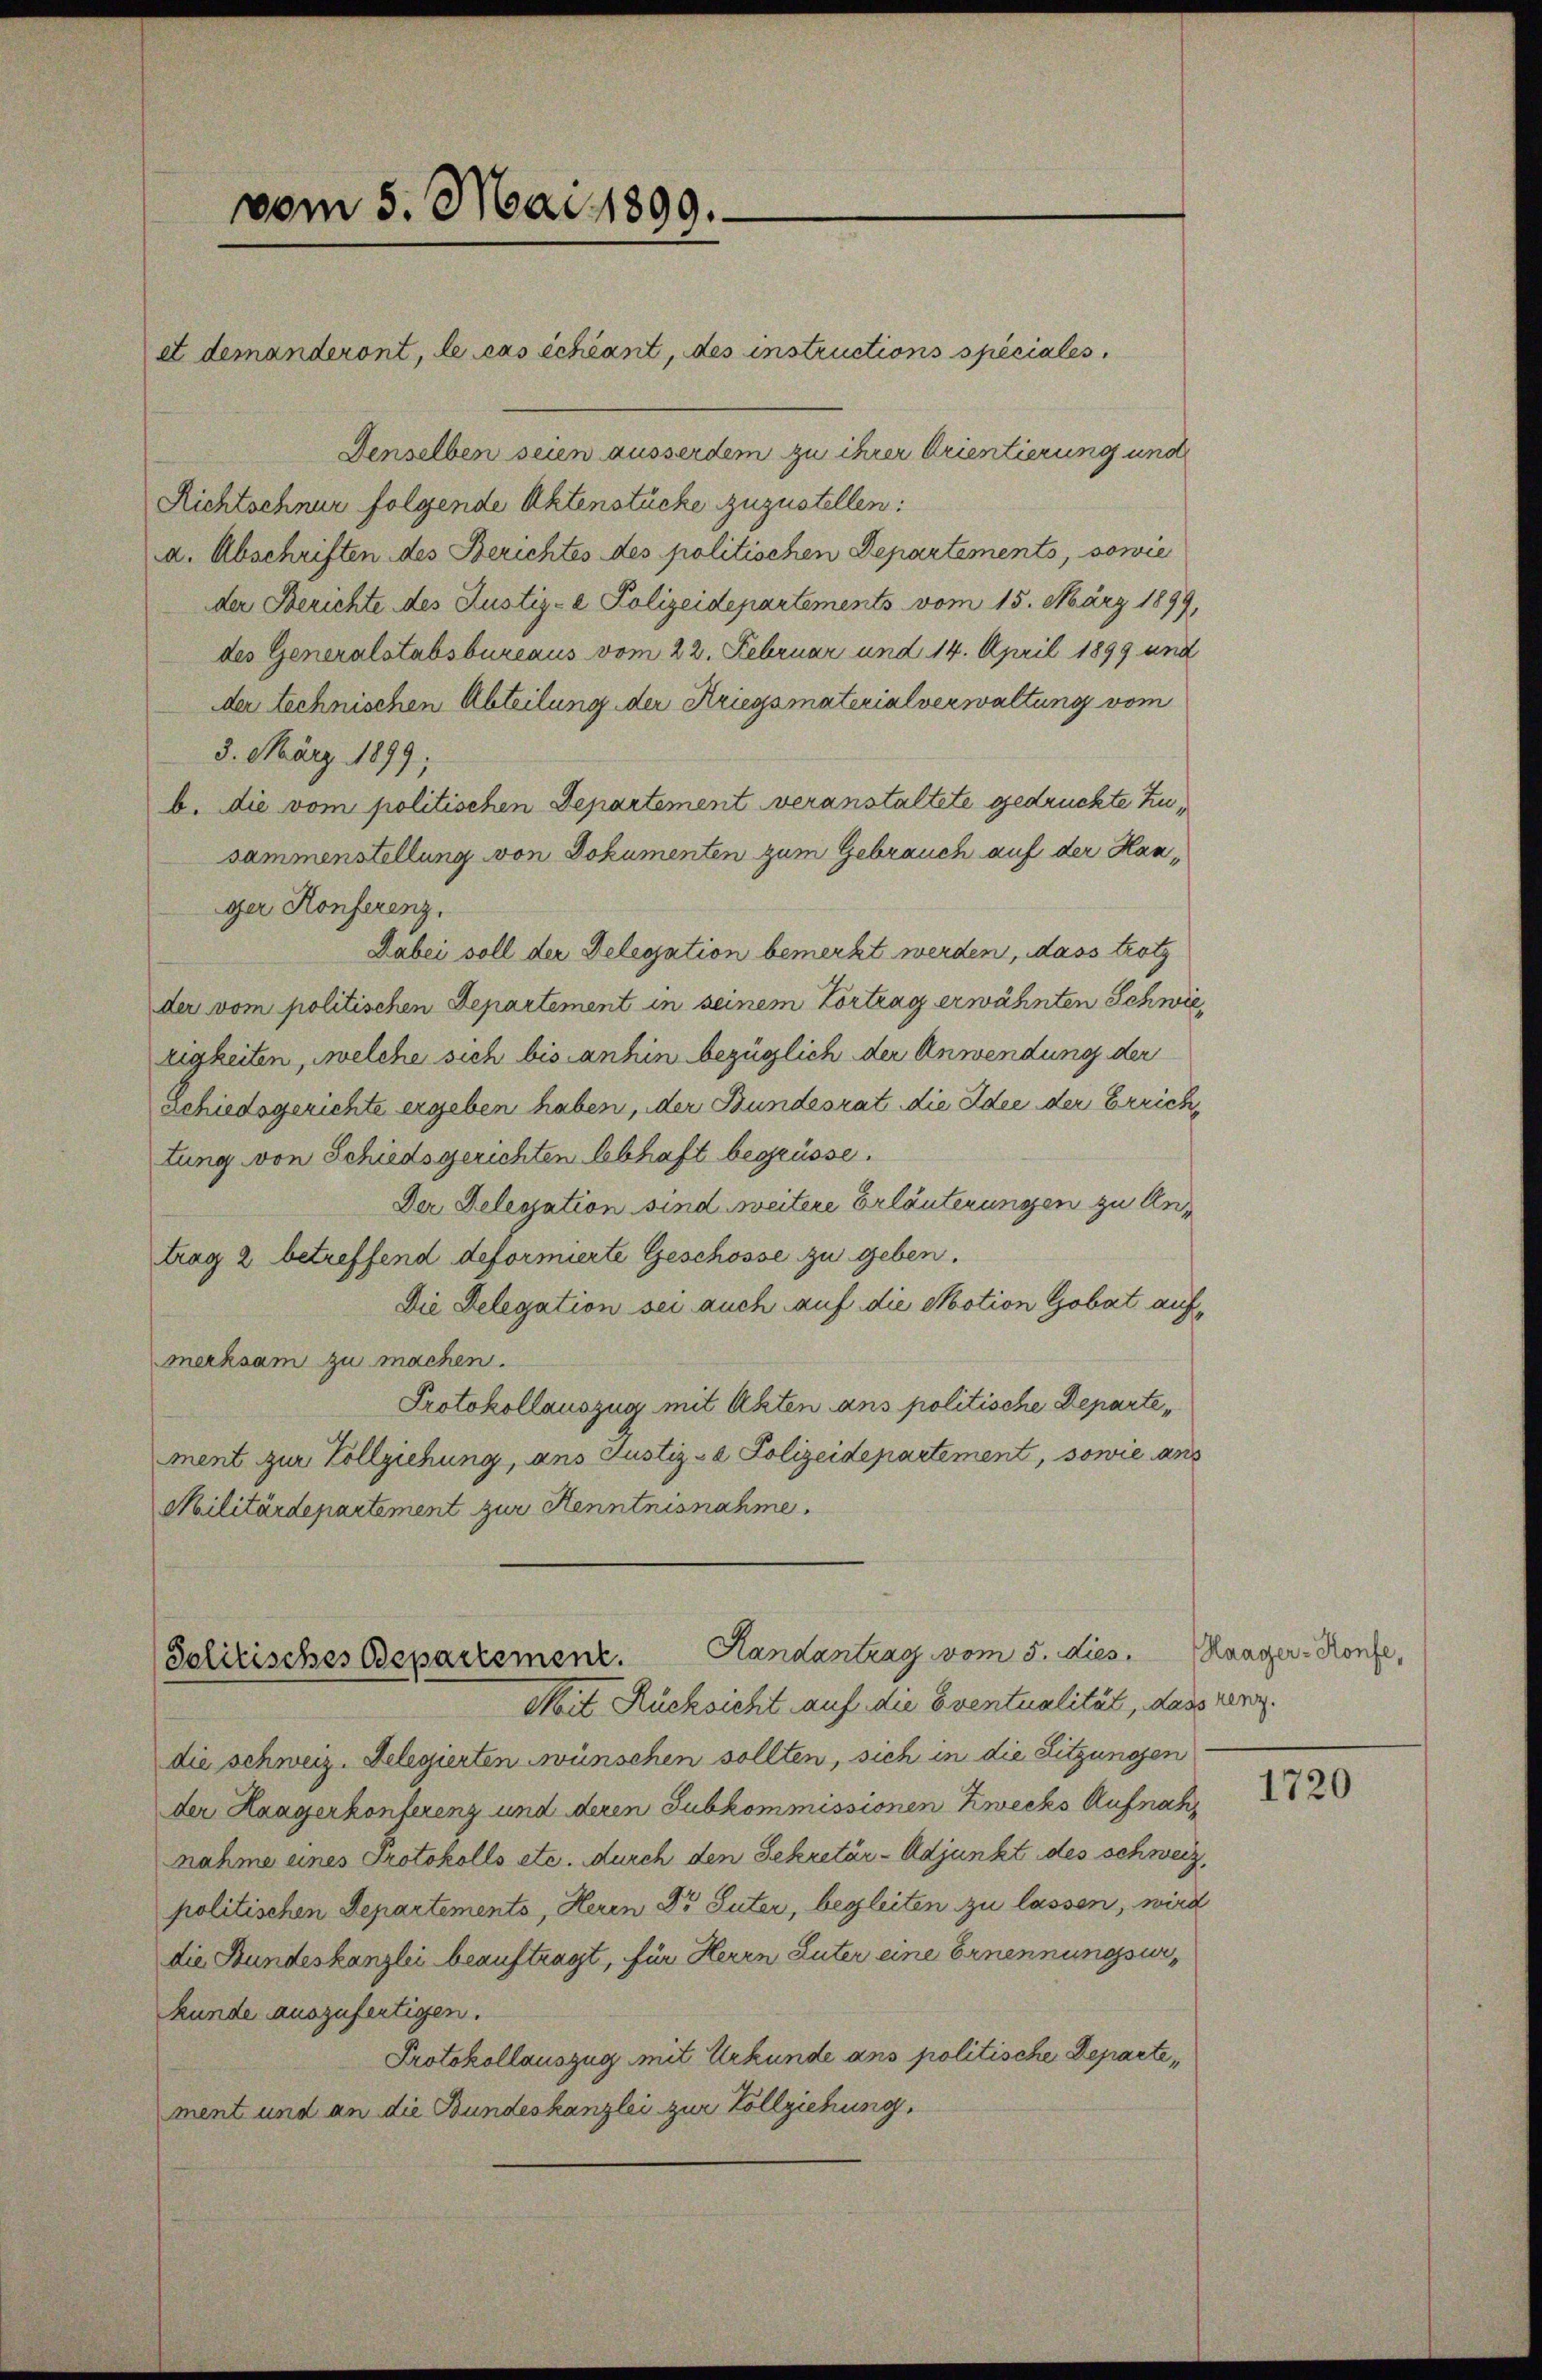
vom 5. Mai 1899.

et demanderont, le cas échéant, des instructions speciales.
Denselben seien ausserdem zu ihrer Orientierung und
Richtschnur folgende Aktenstücke zuzustellen:
a. Abschriften des Berichtes des politischen Departements, sowie
der Berichte des Justiz- & Polizeidepartements vom 15. März 1899,
des Generalstabsbureaus vom 22. Februar und 14. April 1899 und
der technischen Abteilung der Kriegsmaterialverwaltung vom
3. März 1899;
b. die vom politischen Departement veranstaltete gedruckte Zusammenstellung von Dokumenten zum Gebrauch auf der Hanger Konferenz,
Dabei soll der Delegation bemerkt werden, dass trotz
der vom politischen Departement in seinem Vortrag erwähnten Schwierigkeiten, welche sich bis anhin bezüglich der Anwendung der
schiedsgerichte ergeben haben, der Bundesrat die Idee der Errich,
tung von Schiedsgerichten lebhaft begrüsse.
Der Delegation sind weitere Erläuterungen zu Antrag 2 betreffend deformierte Geschosse zu geben.
Die Delegation sei auch auf die Motion Gobat aufmerksam zu machen.
Protokollauszug mit Akten ans politische Departement zur Vollziehung, ans Justiz- & Polizeidepartement, sowie ans
Militärdepartement zur Kenntnisnahme.

Solitisches Departement. Handantrag vom 5. dies anger-Konfe
Mkeit Rücksicht auf die Eventualität, dass verg

die schweiz. Delegierten wünschen sollten, sich in die Sitzungen
der Haagerkonferenz und deren Subkommissionen Zwecks Aufnahnahme eines Protokolls etc. durch den Sekretär-Adjunkt des schweiz,
politischen Departements, Heren Dr Suter, begleiten zu lassen, wird
die Stundeskanzlei beauftragt, für Herrn Luter eine Ernennungsurkunde auszufertigen.
Protokollauszug mit Urkunde ans politische Departement und an die Bundeskanzlei zur Vollziehung,

1720